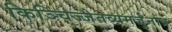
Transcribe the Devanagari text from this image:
किञ्चिज्जेतव्यमर्जुनात्र